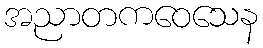
အညာတကဝေသေန